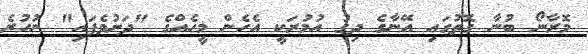
މޮރާނޯ ބުނާ ގޮތުގައި އޭނާގެ ދިގު އުމުރަކީ އެހެން މީހެއްގެ "ދަށުވެފައި" ނުހުރެ